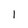
Character: I